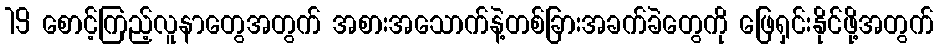
19 စောင့်ကြည့်လူနာတွေအတွက် အစားအသောက်နဲ့တစ်ခြားအခက်ခဲတွေကို ဖြေရှင်းနိုင်ဖို့အတွက်